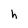
Character: h